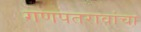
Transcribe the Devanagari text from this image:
गणपतरावांचा